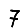
Digit: 7